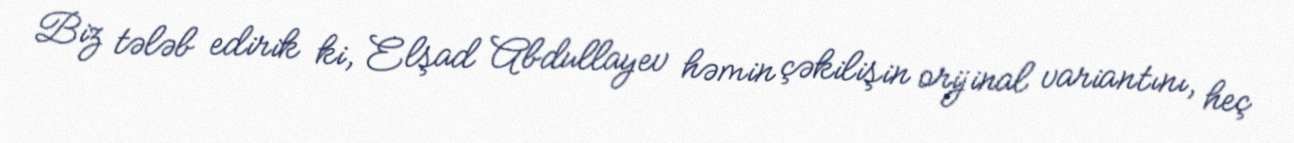
Biz tələb edirik ki, Elşad Abdullayev həmin çəkilişin orijinal variantını, heç